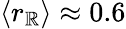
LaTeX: \langle r_{\mathbb{R}}\rangle\approx 0.6